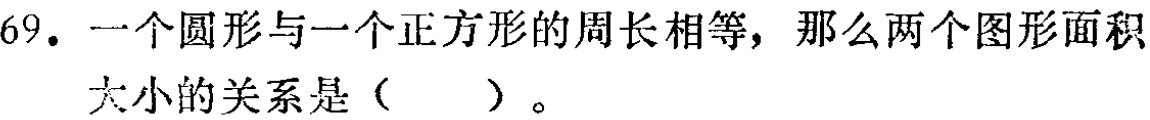
69. 一个圆形与一个正方形的周长相等，那么两个图形面积
大小的关系是（  ）。